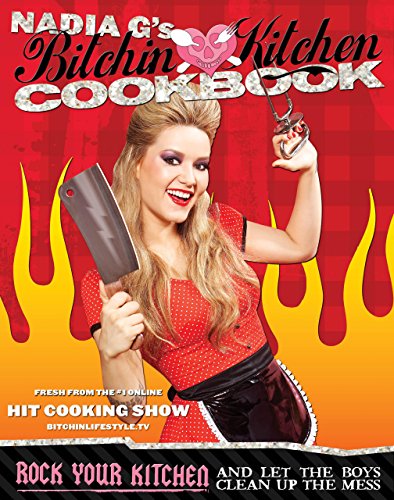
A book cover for Bitchin' Kitchen Cookbook: Rock Your Kitchen--And Let The Boys Clean Up The Mess; Nadia Giosia; Humor & Entertainment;